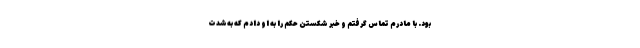
بود. با مادرم تماس گرفتم و خبر شکستن حکم را به او دادم که به‌شدت